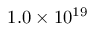
1 . 0 \times 1 0 ^ { 1 9 }